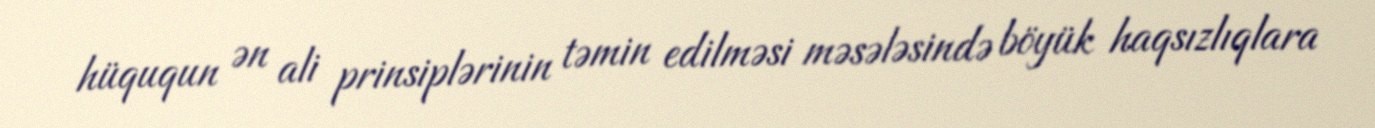
hüququn ən ali prinsiplərinin təmin edilməsi məsələsində böyük haqsızlıqlara